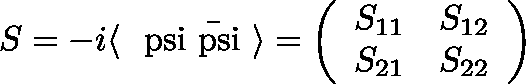
S = - i \langle \mathrm { \boldmath ~ \ p s i \bar { \ p s i } ~ } \rangle = \biggl ( \begin{array} { c r } { { S _ { 1 1 } } } & { { S _ { 1 2 } } } \\ { { S _ { 2 1 } } } & { { S _ { 2 2 } } } \end{array} \biggr )